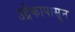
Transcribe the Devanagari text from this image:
उद्रेकापासून